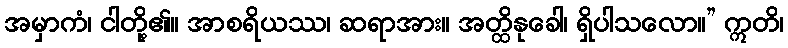
အမှာကံ၊ ငါတို့၏။ အာစရိယဿ၊ ဆရာအား။ အတ္ထိနုခေါ၊ ရှိပါသလော။” ဣတိ၊